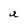
Character: a